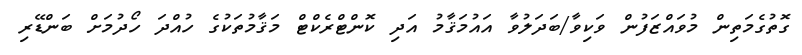
ގޮތުގެމަތިން މުވައްޒަފުން ވަކިވާ/ބަދަލުވާ އައުމަޤާމު އަދި ކޮންޓްރެކްޓް މަޤާމުތަކުގެ ހުއްދަ ހޯދުމަށް ބަންޑޭރި